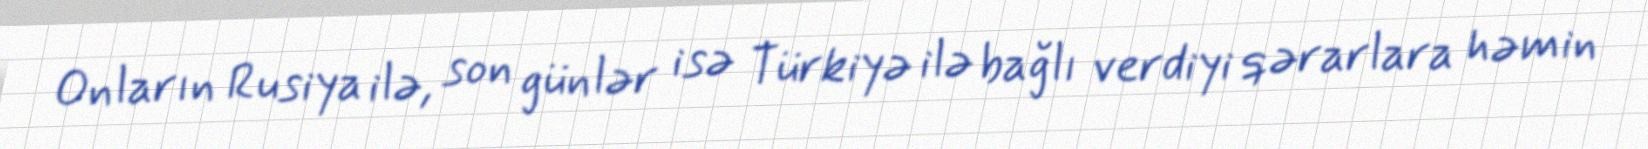
Onların Rusiya ilə, son günlər isə Türkiyə ilə bağlı verdiyi qərarlara həmin